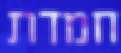
חמדת